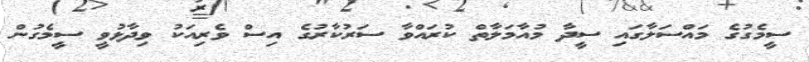
ސީމެގުގެ މައްސަލާގައި ސީދާ މުއާމަލާތް ކުރައްވާ ސަރުކާރުގެ އިސް ވެރިއަކު ވިދާޅުވީ ސީމެގުން